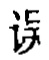
误